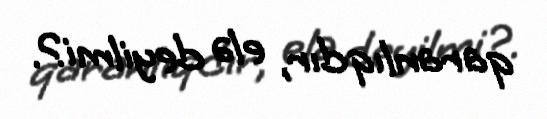
qaranlıqdır, elə deyilmi?.